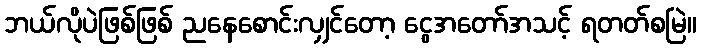
ဘယ်လိုပဲဖြစ်ဖြစ် ညနေစောင်းလျှင်တော့ ငွေအတော်အသင့် ရတတ်စမြဲ။